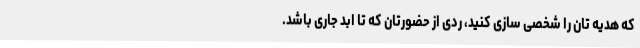
که هدیه تان را شخصی سازی کنید، ردی از حضورتان که تا ابد جاری باشد.